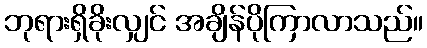
ဘုရားရှိခိုးလျှင် အချိန်ပိုကြာလာသည်။